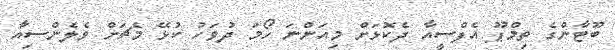
ބޫޓާންގެ ތިމްޕޫ އެފްސީއާ ދެކޮޅަށް މިއަންނަ ހޯމަ ދުވަހު ކުޅޭ މެޗަށް ވެލެންސިއާ